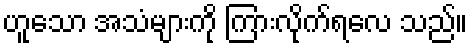
ဟူသော အသံများကို ကြားလိုက်ရလေ သည်။